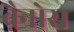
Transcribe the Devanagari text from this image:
वैनोस